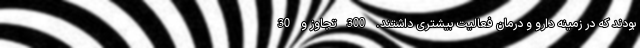
بودند که در زمینه دارو و درمان فعالیت بیشتری داشتند. 300 تجاوز و 30